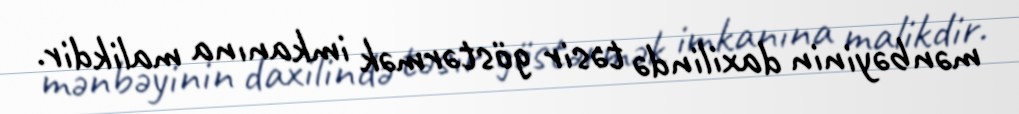
mәnbәyinin daxilindә tәsir göstәrmәk imkanına malikdir.